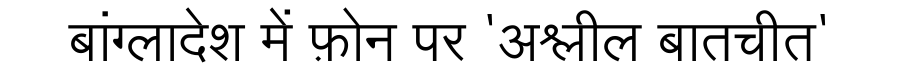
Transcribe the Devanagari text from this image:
बांग्लादेश में फ़ोन पर 'अश्लील बातचीत'